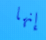
إنها